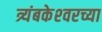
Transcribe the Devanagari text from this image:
त्र्यंबकेश्‍वरच्या